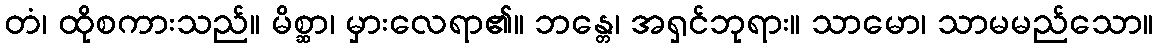
တံ၊ ထိုစကားသည်။ မိစ္ဆာ၊ မှားလေရာ၏။ ဘန္တေ၊ အရှင်ဘုရား။ သာမော၊ သာမမည်သော။